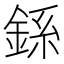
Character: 𫒠